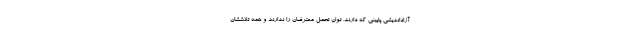
آزاداندیشی پایینی که دارند، توان تحمل معترضان را ندارند و همه تلاششان